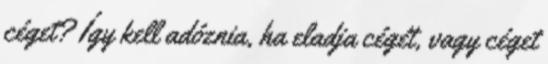
céget? Így kell adóznia, ha eladja cégét, vagy céget